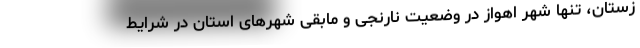
زستان، تنها شهر اهواز در وضعیت نارنجی و مابقی شهرهای استان در شرایط